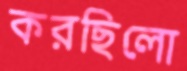
করছিলো